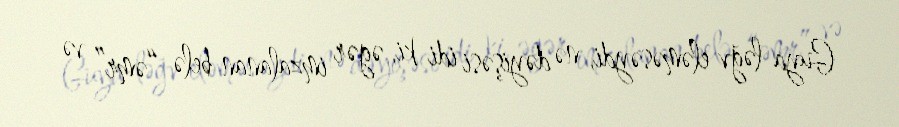
Guya ləğv eləməsəydi, nə dəyişəsi idi ki, əgər imzalanan belə “əmr” və